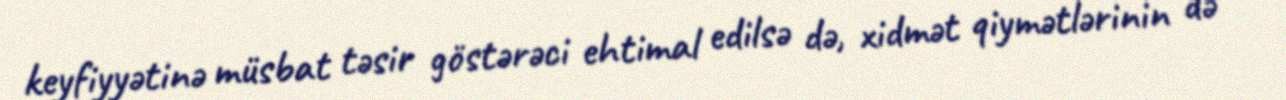
keyfiyyətinə müsbat təsir göstərəci ehtimal edilsə də, xidmət qiymətlərinin də